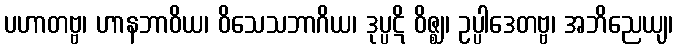
ပဟာတဗ္ဗ၊ ဟာနဘာဝိယ၊ ဝိသေသဘာဂိယ၊ ဒုပ္ပဋိ ဝိဇ္ဈ၊ ဥပ္ပါဒေတဗ္ဗ၊ အဘိညေယျ၊